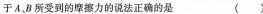
于A、B所受到的摩擦力的说法正确的是 （ ）